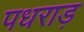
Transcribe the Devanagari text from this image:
पधराड़